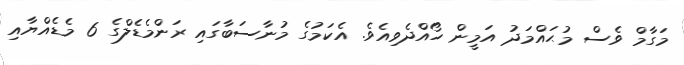
މަގާމް ވެސް މުޙައްމަދު އަމީން ހޯއްދެވިއެވެ. އެކަމުގެ މުނާސަބާގައި ރަންމެޑެލްގެ 6 މެޑެއްޔާއި